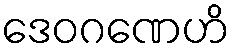
ဒေဝဂဏေဟိ